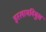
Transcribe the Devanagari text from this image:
इस्लामविमुख